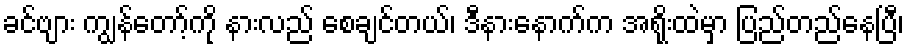
ခင်ဗျား ကျွန်တော့်ကို နားလည် စေချင်တယ်၊ ဒီနားနောက်က အရိုးထဲမှာ ပြည်တည်နေပြီ၊